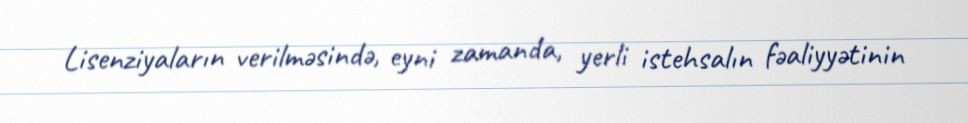
Lisenziyaların verilməsində, eyni zamanda, yerli istehsalın fəaliyyətinin